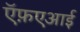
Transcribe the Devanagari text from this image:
ऍफ़एआई